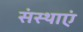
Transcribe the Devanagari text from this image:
संस्थाएं